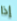
إذا